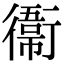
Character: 𫟙